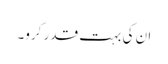
ان کی بہت قدر کرو۔